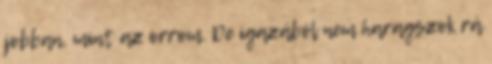
jobban, mint az orrom. De igazából nem haragszok rá